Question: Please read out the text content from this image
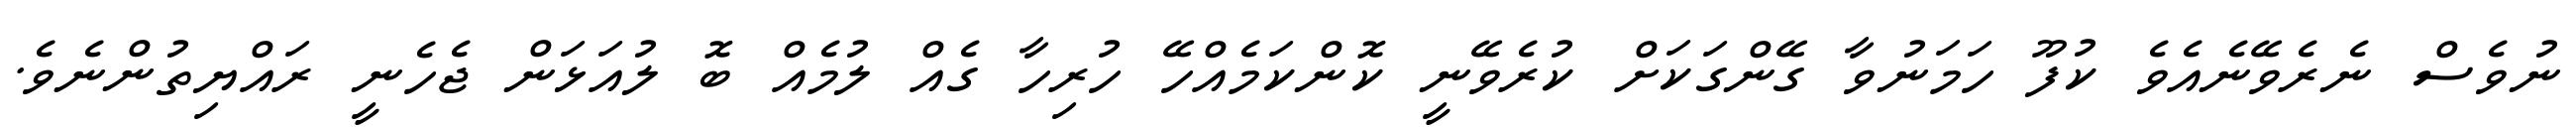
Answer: ނުވެސް ނެރެވޭނެއެވެ ކުފޫ ހަމަނުވާ ގޭންގަކަށް ކުރެވޭނީ ކޮންކަމެއްހޭ ހުރިހާ ގެއް ލުމެއް ބޮ ލުއަޅަން ޖެހެނީ ރައްޔިތުންނެވެ.